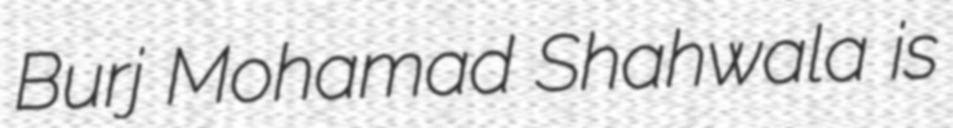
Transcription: Burj Mohamad Shahwala is